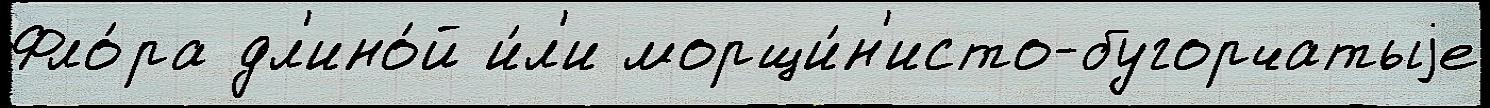
Фло́ра дл'ино́й и́л'и морщи́н'исто-бугорчатыjе